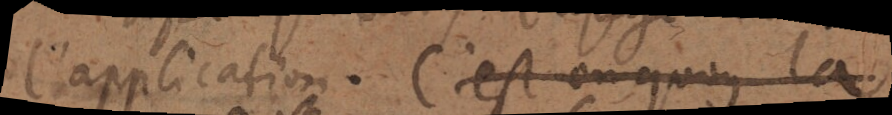
l’application. C’est en quoy la